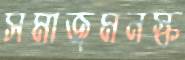
সমাজমনস্ক